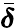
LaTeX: \bar{\boldsymbol\delta}